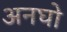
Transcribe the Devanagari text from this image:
अनघो